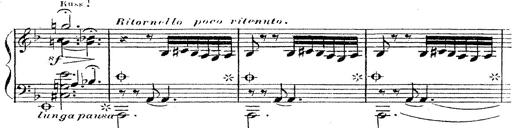
Title: 12 Lieder von Franz Schubert
Composer: Franz Liszt